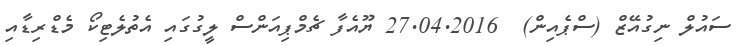
ސައުލް ނިގުއޭޒް (ސްޕެއިން)  27.04.2016 ޔޫއެފާ ޗެމްޕިއަންސް ލީގުގައި އެތުލެޓިކޯ މެޑްރިޑާއި